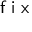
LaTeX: \textsf { f i x }